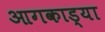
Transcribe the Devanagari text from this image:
आगकाड्या